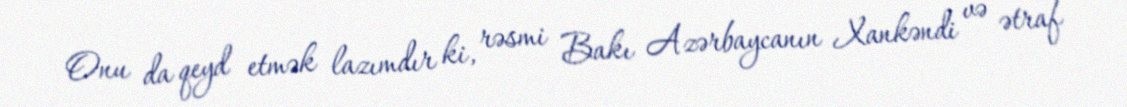
Onu da qeyd etmək lazımdır ki, rəsmi Bakı Azərbaycanın Xankəndi və ətraf